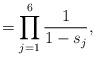
LaTeX: \begin{align*}_{} = \prod_{j=1}^{6}\frac{1}{1-s\overline{}_{j}},\end{align*}